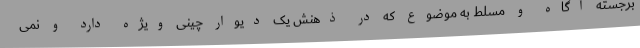
برجسته آگاه و مسلط به موضوع که در ذهنش یک دیوار چینی ویژه دارد و نمی